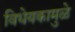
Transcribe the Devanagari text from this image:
विधेयकामुळे